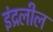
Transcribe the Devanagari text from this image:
इंद्रलील